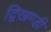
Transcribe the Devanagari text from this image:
द्विखण्डी